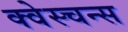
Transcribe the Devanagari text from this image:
क्वेस्चन्स